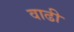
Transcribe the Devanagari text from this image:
वाढी